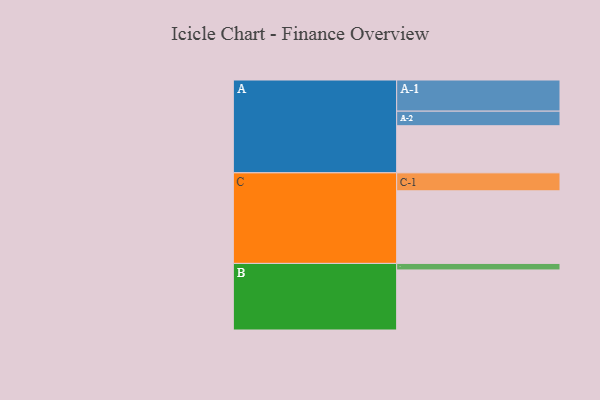
{"axis": {"x": "Segment", "y": "Value"}, "legend": ["", "A", "B", "C"], "data": [{"x": "A", "y": 375, "type": ""}, {"x": "B", "y": 478, "type": ""}, {"x": "C", "y": 578, "type": ""}, {"x": "A-1", "y": 248, "type": "A"}, {"x": "A-2", "y": 116, "type": "A"}, {"x": "B-1", "y": 52, "type": "B"}, {"x": "C-1", "y": 143, "type": "C"}]}